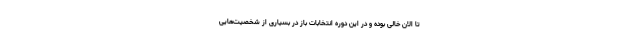
تا الان خالی بوده و در این دوره انتخابات باز در بسیاری از شخصیت‌هایی